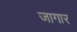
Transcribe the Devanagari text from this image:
जागार